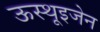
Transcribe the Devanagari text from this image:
ऊस्थूइजेन